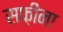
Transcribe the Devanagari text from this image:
सफ़ीना